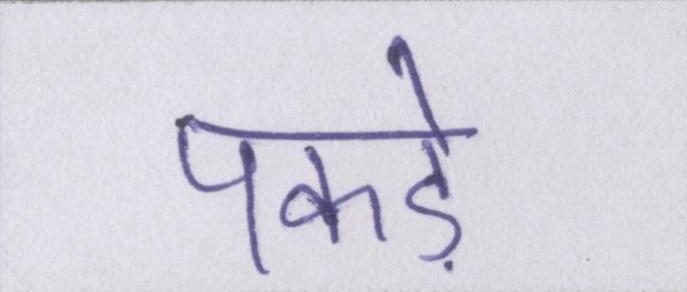
पकड़े